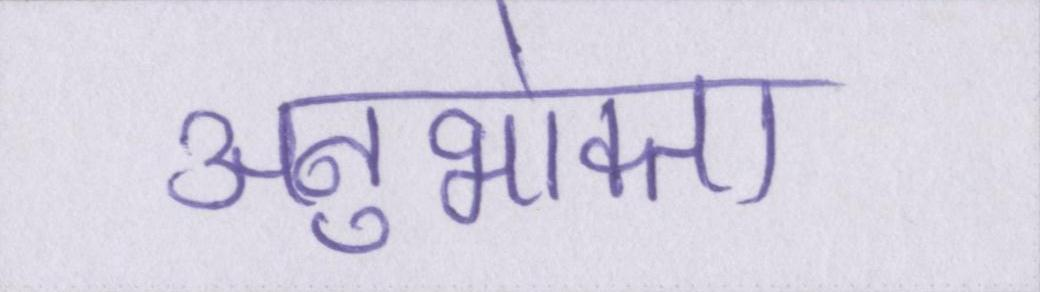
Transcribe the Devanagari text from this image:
अनुभोक्ता